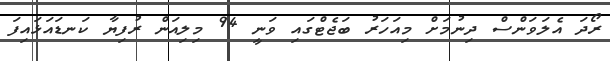
ރޯދަ އެލަވަންސް ދިނުމަށް މިއަހަރު ބަޖެޓްގައި ވަނީ 94 މިލިއަން ރުފިޔާ ކަނޑައަޅައިފަ